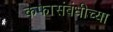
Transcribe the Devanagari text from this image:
कफासंबंधीच्या